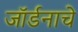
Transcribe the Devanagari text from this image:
जॉर्डनाचे